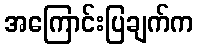
အကြောင်းပြချက်က